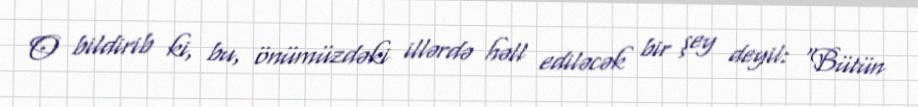
O bildirib ki, bu, önümüzdəki illərdə həll ediləcək bir şey deyil: “Bütün